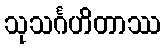
သုသင်္ဂဟိတာဿ